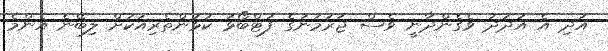
އަދި އެ އަދަދު ވެގެންދާނީ ވެސް ޖަރުމަނުގެ ފުޓްބޯޅަ ކުޅުންތެރިއަކަށް ލިބޭނެ އެންމެ